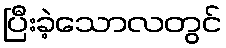
ပြီးခဲ့သောလတွင်